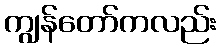
ကျွန်တော်ကလည်း